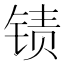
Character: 𲈄